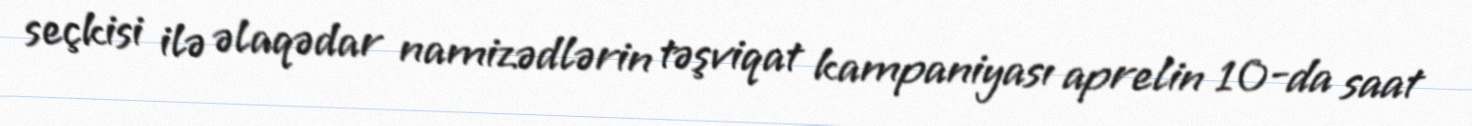
seçkisi ilə əlaqədar namizədlərin təşviqat kampaniyası aprelin 10-da saat